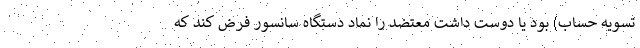
تسویه حساب) بود یا دوست داشت معتضد را نماد دستگاه سانسور فرض کند که